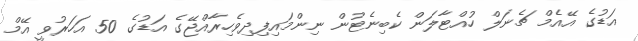
އަޑުގެ އޭއެމް ޗެނަލް ހުއްޓާލަން ކެބިނެޓުން ނިންމައިފިދިވެހިރާއްޖޭގެ އަޑުގެ 50 އަހަރުވީ އޭމް